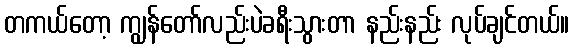
တကယ်တော့ ကျွန်တော်လည်းပဲခရီးသွားတာ နည်းနည်း လုပ်ချင်တယ်။